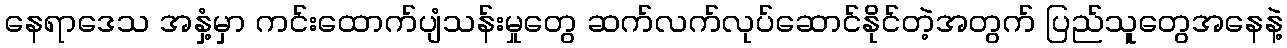
နေရာဒေသ အနှံ့မှာ ကင်းထောက်ပျံသန်းမှုတွေ ဆက်လက်လုပ်ဆောင်နိုင်တဲ့အတွက် ပြည်သူတွေအနေနဲ့